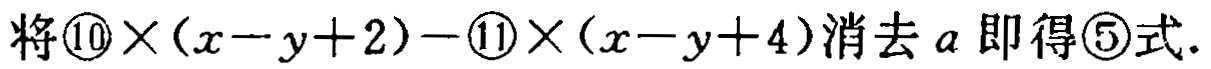
将\textcircled{10}$\times(x - y + 2)-$\textcircled{11}$\times(x - y + 4)$消去$a$ 即得\textcircled{5}式.